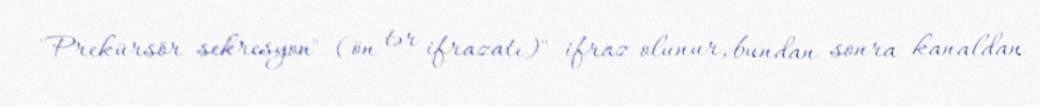
"Prekürsör sekresyon" (ön tər ifrazatı)" ifraz olunur, bundan sonra kanaldan